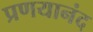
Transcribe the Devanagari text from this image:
प्रणयानंद